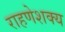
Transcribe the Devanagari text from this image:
राहणेशक्य